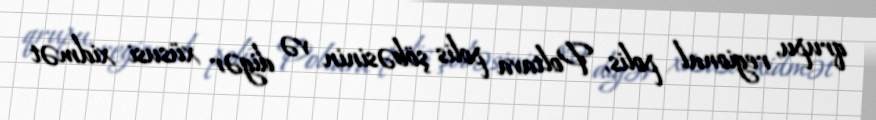
qrupu, regional polis, Poltava polis şöbəsinin və digər xüsusi xidmət